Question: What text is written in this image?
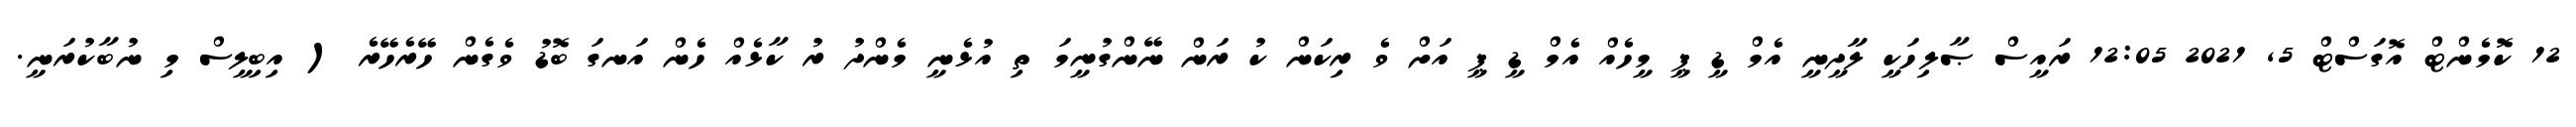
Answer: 12 ކޮމެންޓް އޮގަސްޓް 5, 2021 12:05 ރައީސް ޞާލިހަކީ ލާދީނީ އެމް ޑީ ޕީ މީހެއް އެމް ޑީ ޕީ އަށް ވެ ރިކަން ކު ރަން ނޭންގުނީމަ ތި އުޅެނީ މެންދު ރު ކާޅެއް ހެން އަނގަ ބޮޑު ވެގެން ހޭރެހޭރެ ( އިބިލީސް މި ނުބާކުރަނީ.